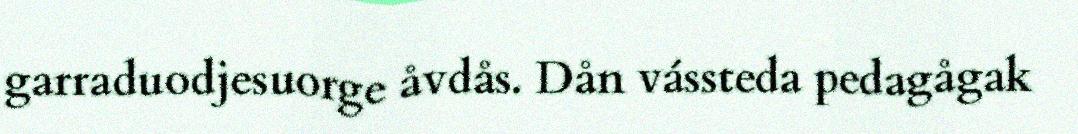
garraduodjesuorge åvdås. Dån vássteda pedagågak